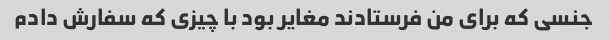
جنسی که برای من فرستادند مغایر بود با چیزی که سفارش دادم